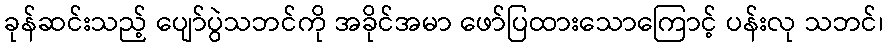
ခုန်ဆင်းသည့် ပျော်ပွဲသဘင်ကို အခိုင်အမာ ဖော်ပြထားသောကြောင့် ပန်းလု သဘင်၊